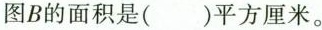
图B的面积是( )平方厘米。